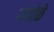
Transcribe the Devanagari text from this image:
गांडोळे